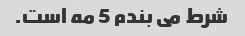
شرط می بندم 5 مه است.